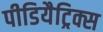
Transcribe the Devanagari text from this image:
पीडियैट्रिक्स